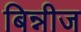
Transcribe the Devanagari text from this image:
बिन्नीज